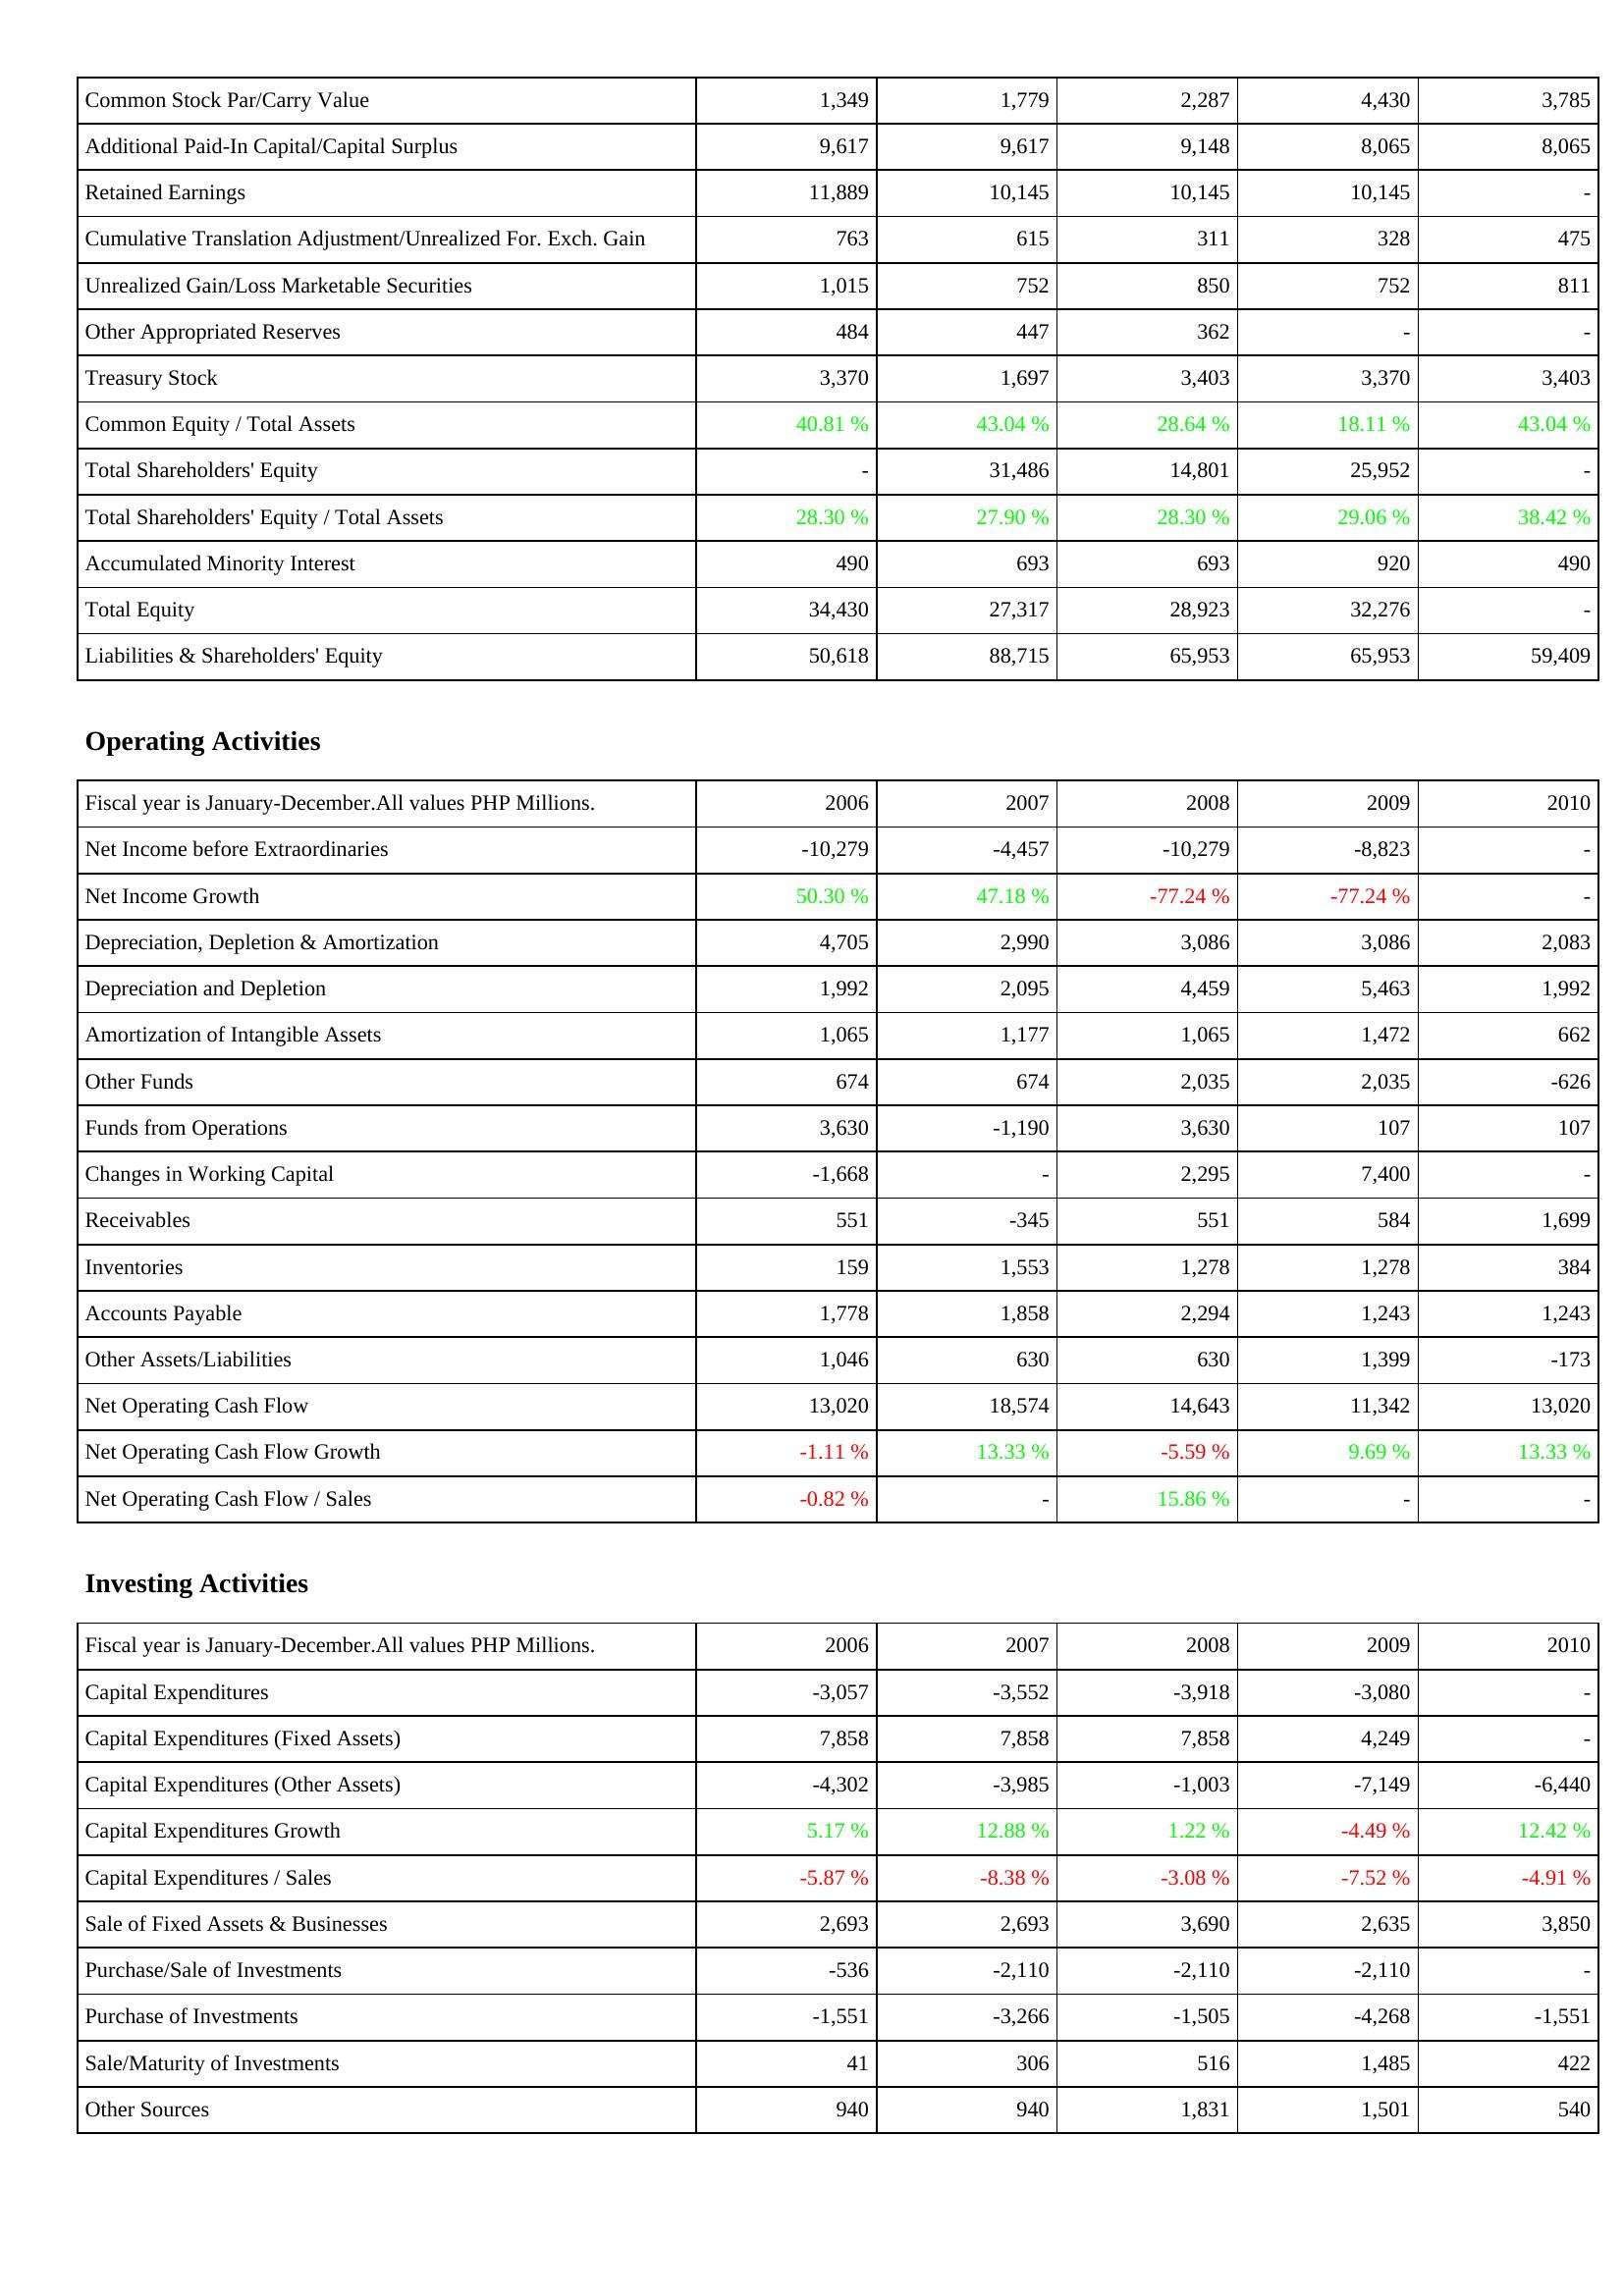
2006: Liabilities & Shareholders' Equity: Common Stock Par/Carry Value: 1,349
Additional Paid-In Capital/Capital Surplus: 9,617
Retained Earnings: 11,889
Cumulative Translation Adjustment/Unrealized For. Exch. Gain: 763
Unrealized Gain/Loss Marketable Securities: 1,015
Other Appropriated Reserves: 484
Treasury Stock: 3,370
Common Equity / Total Assets: 40.81 %
Total Shareholders' Equity: -
Total Shareholders' Equity / Total Assets: 28.30 %
Accumulated Minority Interest: 490
Total Equity: 34,430
Liabilities & Shareholders' Equity: 50,618
Operating Activities: Net Income before Extraordinaries: -10,279
Net Income Growth: 50.30 %
Depreciation, Depletion & Amortization: 4,705
Depreciation and Depletion: 1,992
Amortization of Intangible Assets: 1,065
Other Funds: 674
Funds from Operations: 3,630
Changes in Working Capital: -1,668
Receivables: 551
Inventories: 159
Accounts Payable: 1,778
Other Assets/Liabilities: 1,046
Net Operating Cash Flow: 13,020
Net Operating Cash Flow Growth: -1.11 %
Net Operating Cash Flow / Sales: -0.82 %
Investing Activities: Capital Expenditures: -3,057
Capital Expenditures (Fixed Assets): 7,858
Capital Expenditures (Other Assets): -4,302
Capital Expenditures Growth: 5.17 %
Capital Expenditures / Sales: -5.87 %
Sale of Fixed Assets & Businesses: 2,693
Purchase/Sale of Investments: -536
Purchase of Investments: -1,551
Sale/Maturity of Investments: 41
Other Sources: 940
2007: Liabilities & Shareholders' Equity: Common Stock Par/Carry Value: 1,779
Additional Paid-In Capital/Capital Surplus: 9,617
Retained Earnings: 10,145
Cumulative Translation Adjustment/Unrealized For. Exch. Gain: 615
Unrealized Gain/Loss Marketable Securities: 752
Other Appropriated Reserves: 447
Treasury Stock: 1,697
Common Equity / Total Assets: 43.04 %
Total Shareholders' Equity: 31,486
Total Shareholders' Equity / Total Assets: 27.90 %
Accumulated Minority Interest: 693
Total Equity: 27,317
Liabilities & Shareholders' Equity: 88,715
Operating Activities: Net Income before Extraordinaries: -4,457
Net Income Growth: 47.18 %
Depreciation, Depletion & Amortization: 2,990
Depreciation and Depletion: 2,095
Amortization of Intangible Assets: 1,177
Other Funds: 674
Funds from Operations: -1,190
Changes in Working Capital: -
Receivables: -345
Inventories: 1,553
Accounts Payable: 1,858
Other Assets/Liabilities: 630
Net Operating Cash Flow: 18,574
Net Operating Cash Flow Growth: 13.33 %
Net Operating Cash Flow / Sales: -
Investing Activities: Capital Expenditures: -3,552
Capital Expenditures (Fixed Assets): 7,858
Capital Expenditures (Other Assets): -3,985
Capital Expenditures Growth: 12.88 %
Capital Expenditures / Sales: -8.38 %
Sale of Fixed Assets & Businesses: 2,693
Purchase/Sale of Investments: -2,110
Purchase of Investments: -3,266
Sale/Maturity of Investments: 306
Other Sources: 940
2008: Liabilities & Shareholders' Equity: Common Stock Par/Carry Value: 2,287
Additional Paid-In Capital/Capital Surplus: 9,148
Retained Earnings: 10,145
Cumulative Translation Adjustment/Unrealized For. Exch. Gain: 311
Unrealized Gain/Loss Marketable Securities: 850
Other Appropriated Reserves: 362
Treasury Stock: 3,403
Common Equity / Total Assets: 28.64 %
Total Shareholders' Equity: 14,801
Total Shareholders' Equity / Total Assets: 28.30 %
Accumulated Minority Interest: 693
Total Equity: 28,923
Liabilities & Shareholders' Equity: 65,953
Operating Activities: Net Income before Extraordinaries: -10,279
Net Income Growth: -77.24 %
Depreciation, Depletion & Amortization: 3,086
Depreciation and Depletion: 4,459
Amortization of Intangible Assets: 1,065
Other Funds: 2,035
Funds from Operations: 3,630
Changes in Working Capital: 2,295
Receivables: 551
Inventories: 1,278
Accounts Payable: 2,294
Other Assets/Liabilities: 630
Net Operating Cash Flow: 14,643
Net Operating Cash Flow Growth: -5.59 %
Net Operating Cash Flow / Sales: 15.86 %
Investing Activities: Capital Expenditures: -3,918
Capital Expenditures (Fixed Assets): 7,858
Capital Expenditures (Other Assets): -1,003
Capital Expenditures Growth: 1.22 %
Capital Expenditures / Sales: -3.08 %
Sale of Fixed Assets & Businesses: 3,690
Purchase/Sale of Investments: -2,110
Purchase of Investments: -1,505
Sale/Maturity of Investments: 516
Other Sources: 1,831
2009: Liabilities & Shareholders' Equity: Common Stock Par/Carry Value: 4,430
Additional Paid-In Capital/Capital Surplus: 8,065
Retained Earnings: 10,145
Cumulative Translation Adjustment/Unrealized For. Exch. Gain: 328
Unrealized Gain/Loss Marketable Securities: 752
Other Appropriated Reserves: -
Treasury Stock: 3,370
Common Equity / Total Assets: 18.11 %
Total Shareholders' Equity: 25,952
Total Shareholders' Equity / Total Assets: 29.06 %
Accumulated Minority Interest: 920
Total Equity: 32,276
Liabilities & Shareholders' Equity: 65,953
Operating Activities: Net Income before Extraordinaries: -8,823
Net Income Growth: -77.24 %
Depreciation, Depletion & Amortization: 3,086
Depreciation and Depletion: 5,463
Amortization of Intangible Assets: 1,472
Other Funds: 2,035
Funds from Operations: 107
Changes in Working Capital: 7,400
Receivables: 584
Inventories: 1,278
Accounts Payable: 1,243
Other Assets/Liabilities: 1,399
Net Operating Cash Flow: 11,342
Net Operating Cash Flow Growth: 9.69 %
Net Operating Cash Flow / Sales: -
Investing Activities: Capital Expenditures: -3,080
Capital Expenditures (Fixed Assets): 4,249
Capital Expenditures (Other Assets): -7,149
Capital Expenditures Growth: -4.49 %
Capital Expenditures / Sales: -7.52 %
Sale of Fixed Assets & Businesses: 2,635
Purchase/Sale of Investments: -2,110
Purchase of Investments: -4,268
Sale/Maturity of Investments: 1,485
Other Sources: 1,501
2010: Liabilities & Shareholders' Equity: Common Stock Par/Carry Value: 3,785
Additional Paid-In Capital/Capital Surplus: 8,065
Retained Earnings: -
Cumulative Translation Adjustment/Unrealized For. Exch. Gain: 475
Unrealized Gain/Loss Marketable Securities: 811
Other Appropriated Reserves: -
Treasury Stock: 3,403
Common Equity / Total Assets: 43.04 %
Total Shareholders' Equity: -
Total Shareholders' Equity / Total Assets: 38.42 %
Accumulated Minority Interest: 490
Total Equity: -
Liabilities & Shareholders' Equity: 59,409
Operating Activities: Net Income before Extraordinaries: -
Net Income Growth: -
Depreciation, Depletion & Amortization: 2,083
Depreciation and Depletion: 1,992
Amortization of Intangible Assets: 662
Other Funds: -626
Funds from Operations: 107
Changes in Working Capital: -
Receivables: 1,699
Inventories: 384
Accounts Payable: 1,243
Other Assets/Liabilities: -173
Net Operating Cash Flow: 13,020
Net Operating Cash Flow Growth: 13.33 %
Net Operating Cash Flow / Sales: -
Investing Activities: Capital Expenditures: -
Capital Expenditures (Fixed Assets): -
Capital Expenditures (Other Assets): -6,440
Capital Expenditures Growth: 12.42 %
Capital Expenditures / Sales: -4.91 %
Sale of Fixed Assets & Businesses: 3,850
Purchase/Sale of Investments: -
Purchase of Investments: -1,551
Sale/Maturity of Investments: 422
Other Sources: 540